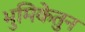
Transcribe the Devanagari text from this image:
भुमिकेतुन